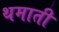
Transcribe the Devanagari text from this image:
थमाती